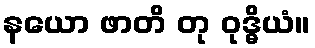
နယော ဖာတိ တု ဝုဒ္ဓိယံ။